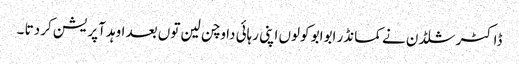
ڈاکٹر شلڈن نے کمانڈر ابوابو کولوں اپنی رہائی دا وچن لین توں بعد اوہد آپریشن کر دتا ۔